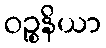
ဝဉ္စနိယာ